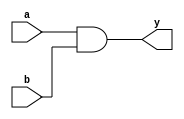
module andgate(
	a,
	b,
	y);

	//---Ports declearation: generated by Robei---
	input a;
	input b;
	output y;

	wire a;
	wire b;
	wire y;

	//----Code starts here: integrated by Robei-----
	assign y=a & b;
	
endmodule    //andgate